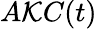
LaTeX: A\mathcal{K}C(t)